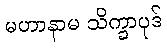
မဟာနာမ သိက္ခာပုဒ်